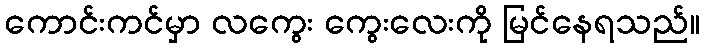
ကောင်းကင်မှာ လကွေး ကွေးလေးကို မြင်နေရသည်။